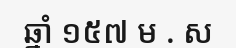
ឆ្នាំ ១៥៧ ម . ស